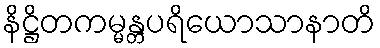
နိဋ္ဌိတကမ္မန္တပရိယောသာနာတိ